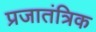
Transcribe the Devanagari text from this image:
प्रजातंत्रिक